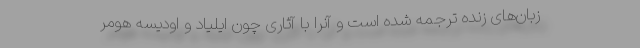
زبان‌های زنده ترجمه شده است و آنرا با آثاری چون ایلیاد و اودیسه هومر